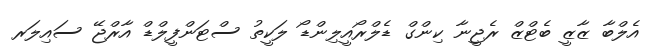
އެލްބާ ޒާޒީ ބެޓްޒް ރެޖީނާ ކިންގް ޑެލްރޯއީލިންޑޯ ލަކީތު ސްޓަންފީލްޑް އާރްޖޭ ސައިލަރ